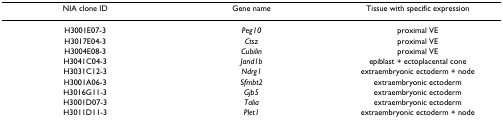
<table><thead><tr><td><b>NIA clone ID</b></td><td><b>Gene name</b></td><td><b>Tissue with specific expression</b></td></tr></thead><tbody><tr><td>H3001E07-3</td><td><i>Peg10</i></td><td>proximal VE</td></tr><tr><td>H3017E04-3</td><td><i>Ctsz</i></td><td>proximal VE</td></tr><tr><td>H3004E08-3</td><td><i>Cubilin</i></td><td>proximal VE</td></tr><tr><td>H3041C04-3</td><td><i>Jarid1b</i></td><td>epiblast + ectoplacental cone</td></tr><tr><td>H3031C12-3</td><td><i>Ndrg1</i></td><td>extraembryonic ectoderm + node</td></tr><tr><td>H3001A06-3</td><td><i>Sfmbt2</i></td><td>extraembryonic ectoderm</td></tr><tr><td>H3016G11-3</td><td><i>Gjb5</i></td><td>extraembryonic ectoderm</td></tr><tr><td>H3001D07-3</td><td><i>Talia</i></td><td>extraembryonic ectoderm</td></tr><tr><td>H3011D11-3</td><td><i>Plet1</i></td><td>extraembryonic ectoderm + node</td></tr></tbody></table>